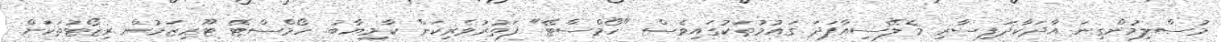
މުސްލިމުންގިނަ އާދަކާދަފިސާރި މެލޭސިއާފަދަ ގައުމުތަކުގައިވެސް "ހޯމްސްޓޭ" ފަތުރުވެރިކަން ކާމިޔާބު. ހޯމްސްޓޭ ޓޫރިޒަމުން ރިޒޯޓުތަކަށް